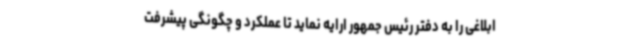
ابلاغی را به دفتر رئیس جمهور ارایه نماید تا عملکرد و چگونگی پیشرفت